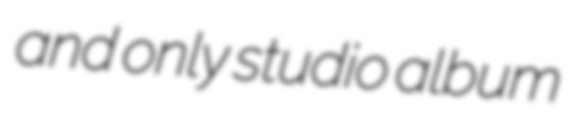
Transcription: and only studio album